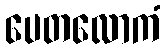
ပေတလောကံ